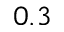
0 . 3